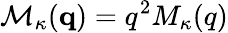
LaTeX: {\cal M}_{\kappa}({\mathbf q})=q^{2}M_{\kappa}(q)